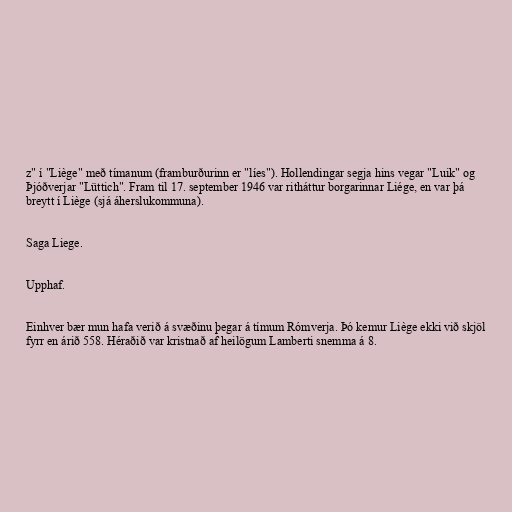
z" í "Liège" með tímanum (framburðurinn er "líes"). Hollendingar segja hins vegar "Luik" og
Þjóðverjar "Lüttich". Fram til 17. september 1946 var ritháttur borgarinnar Liége, en var þá
breytt í Liège (sjá áherslukommuna).

Saga Liege.

Upphaf.

Einhver bær mun hafa verið á svæðinu þegar á tímum Rómverja. Þó kemur Liège ekki við skjöl
fyrr en árið 558. Héraðið var kristnað af heilögum Lamberti snemma á 8.